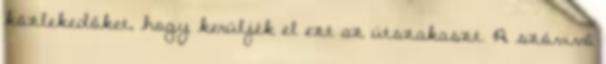
közlekedőket, hogy kerüljék el ezt az útszakaszt. A szóvivő